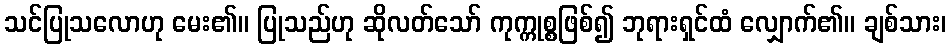
သင်ပြုသလောဟု မေး၏။ ပြုသည်ဟု ဆိုလတ်သော် ကုက္ကုစ္စဖြစ်၍ ဘုရားရှင်ထံ လျှောက်၏။ ချစ်သား၊